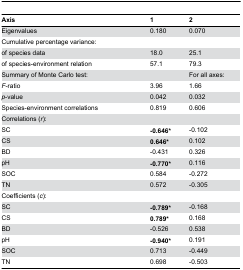
<table><thead><tr><td><b>Axis</b></td><td><b>1</b></td><td><b>2</b></td></tr></thead><tbody><tr><td>Eigenvalues</td><td>0.180</td><td>0.070</td></tr><tr><td>Cumulative percentage variance:</td><td></td><td></td></tr><tr><td>of species data</td><td>18.0</td><td>25.1</td></tr><tr><td>of species-environment relation</td><td>57.1</td><td>79.3</td></tr><tr><td>Summary of Monte Carlo test:</td><td></td><td>For all axes:</td></tr><tr><td><i>F</i>-ratio</td><td>3.96</td><td>1.66</td></tr><tr><td><i>p</i>-value</td><td>0.042</td><td>0.032</td></tr><tr><td>Species-environment correlations</td><td>0.819</td><td>0.606</td></tr><tr><td>Correlations (<i>r</i>):</td><td></td><td></td></tr><tr><td>SC</td><td><b>-0.646*</b></td><td>-0.102</td></tr><tr><td>CS</td><td><b>0.646*</b></td><td>0.102</td></tr><tr><td>BD</td><td>-0.431</td><td>0.326</td></tr><tr><td>pH</td><td><b>-0.770*</b></td><td>0.116</td></tr><tr><td>SOC</td><td>0.584</td><td>-0.272</td></tr><tr><td>TN</td><td>0.572</td><td>-0.305</td></tr><tr><td>Coefficients (<i>c</i>):</td><td></td><td></td></tr><tr><td>SC</td><td><b>-0.789*</b></td><td>-0.168</td></tr><tr><td>CS</td><td><b>0.789*</b></td><td>0.168</td></tr><tr><td>BD</td><td>-0.526</td><td>0.538</td></tr><tr><td>pH</td><td><b>-0.940*</b></td><td>0.191</td></tr><tr><td>SOC</td><td>0.713</td><td>-0.449</td></tr><tr><td>TN</td><td>0.698</td><td>-0.503</td></tr></tbody></table>